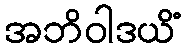
အဘိဝါဒယိံ